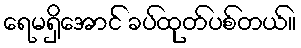
ရေမရှိအောင် ခပ်ထုတ်ပစ်တယ်။